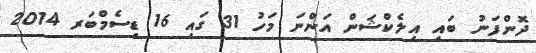
ދޮންފަނު ބައި އިލެކްޝަން އަންނަ މަހު 31 ގައި 16 ޑިސެމްބަރ 2014